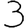
Digit: 3